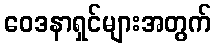
ဝေဒနာရှင်များအတွက်